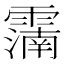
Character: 𩅠